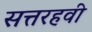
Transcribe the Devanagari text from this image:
सत्तरहवी